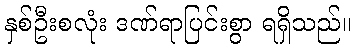
နှစ်ဦးစလုံး ဒဏ်ရာပြင်းစွာ ရရှိသည်။